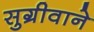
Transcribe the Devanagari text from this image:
सुग्रीवाने